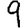
Digit: 9